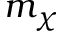
m _ { \chi }